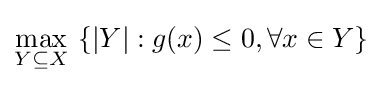
\max _{Y\subseteq X}\ \{|Y|:g(x)\leq 0,\forall x\in Y\}